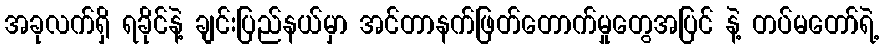
အခုလက်ရှိ ရခိုင်နဲ့ ချင်းပြည်နယ်မှာ အင်တာနက်ဖြတ်တောက်မှုတွေအပြင် နဲ့ တပ်မတော်ရဲ့